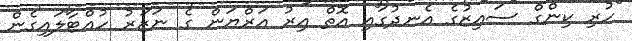
ހުރި ކިންގް ސައިޒުގެ އެނދުގައި އޮތް އިރު އަރްޔަން ގެ ނަޒަރު ހުއްޓާލައިގެން